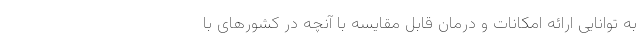
به توانایی ارائه امکانات و درمان قابل مقایسه با آنچه در کشورهای با